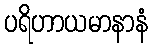
ပရိဟာယမာနာနံ